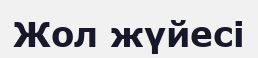
Жол жүйесі